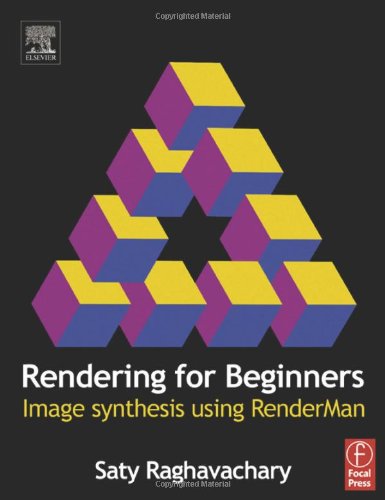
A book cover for Rendering for Beginners: Image synthesis using RenderMan; Saty Raghavachary; Computers & Technology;